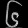
Digit: ၆